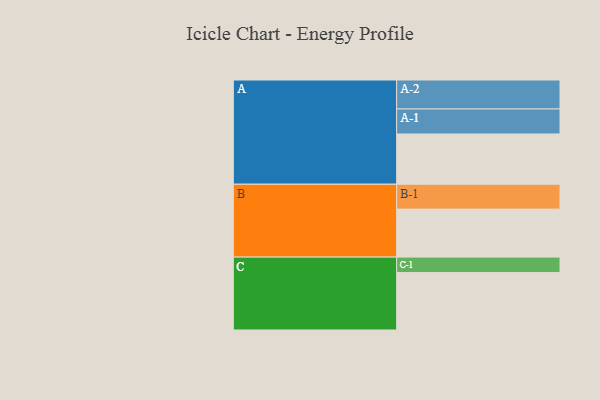
{"axis": {"x": "Segment", "y": "Value"}, "legend": ["", "A", "B", "C"], "data": [{"x": "A", "y": 465, "type": ""}, {"x": "B", "y": 444, "type": ""}, {"x": "C", "y": 531, "type": ""}, {"x": "A-1", "y": 231, "type": "A"}, {"x": "A-2", "y": 268, "type": "A"}, {"x": "B-1", "y": 230, "type": "B"}, {"x": "C-1", "y": 143, "type": "C"}]}